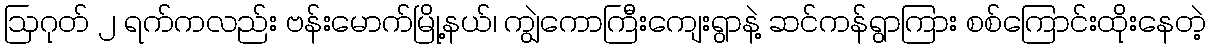
ဩဂုတ် ၂ ရက်ကလည်း ဗန်းမောက်မြို့နယ်၊ ကျွဲကောကြီးကျေးရွာနဲ့ ဆင်ကန်ရွာကြား စစ်ကြောင်းထိုးနေတဲ့